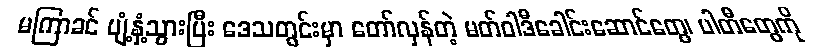
မကြာခင် ပျံ့နှံ့သွားပြီး ဒေသတွင်းမှာ တော်လှန်တဲ့ မတ်ဝါဒီခေါင်းဆောင်တွေ၊ ပါတီတွေကို